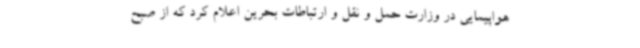
هواپیمایی در وزارت حمل و نقل و ارتباطات بحرین اعلام کرد که از صبح